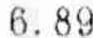
6.89